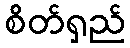
စိတ်ရှည်